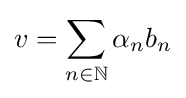
v=\sum _{n\in \mathbb {N} }\alpha _{n}b_{n}